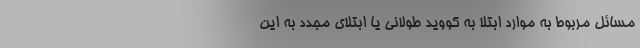
مسائل مربوط به موارد ابتلا به کووید طولانی یا ابتلای مجدد به این